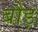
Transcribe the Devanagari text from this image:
बौड़